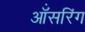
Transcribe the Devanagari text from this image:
ऑंसरिंग